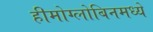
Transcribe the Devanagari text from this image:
हीमोग्लोबिनमध्ये